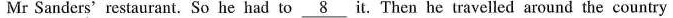
Mr Sanders'restaurant.So he had to\underline{8} it.Then he travelled around the country